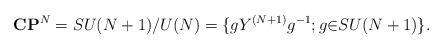
LaTeX: \begin{align*}{\bf C}{\bf P}^N=SU(N+1)/{U(N)}=\{gY^{(N+1)}g^{-1};g{\in}SU(N+1)\}.\end{align*}